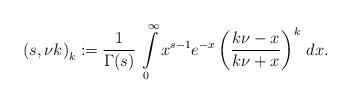
LaTeX: \begin{align*}\left(s,\nu k\right)_{k}:=\frac{1}{\Gamma(s)}\,\intop_{0}^{\infty}x^{s-1}e^{-x}\left(\frac{k\nu-x}{k\nu+x}\right)^{k}\,dx.\end{align*}